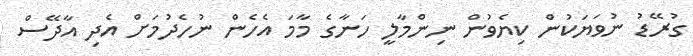
ގުރޭޑު ނުވަޔަކުން ކިޔެވުން ނިންމާލީ ހަނާގެ މާމަ އެހެން ނުހެދުމަށް އެދި އާދޭސް